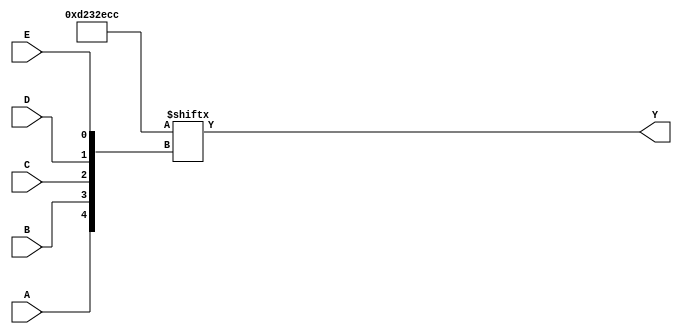
module five_variable_kmap (
    input wire A,  // Variable A
    input wire B,  // Variable B
    input wire C,  // Variable C
    input wire D,  // Variable D
    input wire E,  // Variable E
    output wire Y  // Output Y
);
    
    // Internal wire to compute the K-map output based on minterms
    wire [31:0] minterm;
    
    // Fill the minterm according to the K-map
    assign minterm[0]  = 1'b0;   // Minterm 0
    assign minterm[1]  = 1'b0;   // Minterm 1
    assign minterm[2]  = 1'b1;   // Minterm 2
    assign minterm[3]  = 1'b1;   // Minterm 3
    assign minterm[4]  = 1'b0;   // Minterm 4
    assign minterm[5]  = 1'b0;   // Minterm 5
    assign minterm[6]  = 1'b1;   // Minterm 6
    assign minterm[7]  = 1'b1;   // Minterm 7
    assign minterm[8]  = 1'b0;   // Minterm 8
    assign minterm[9]  = 1'b1;   // Minterm 9
    assign minterm[10] = 1'b1;   // Minterm 10
    assign minterm[11] = 1'b1;   // Minterm 11
    assign minterm[12] = 1'b0;   // Minterm 12
    assign minterm[13] = 1'b1;   // Minterm 13
    assign minterm[14] = 1'b0;   // Minterm 14
    assign minterm[15] = 1'b0;   // Minterm 15
    assign minterm[16] = 1'b1;   // Minterm 16
    assign minterm[17] = 1'b1;   // Minterm 17
    assign minterm[18] = 1'b0;   // Minterm 18
    assign minterm[19] = 1'b0;   // Minterm 19
    assign minterm[20] = 1'b0;   // Minterm 20
    assign minterm[21] = 1'b1;   // Minterm 21
    assign minterm[22] = 1'b0;   // Minterm 22
    assign minterm[23] = 1'b0;   // Minterm 23
    assign minterm[24] = 1'b1;   // Minterm 24
    assign minterm[25] = 1'b0;   // Minterm 25
    assign minterm[26] = 1'b1;   // Minterm 26
    assign minterm[27] = 1'b1;   // Minterm 27
    assign minterm[28] = 1'b0;   // Minterm 28
    assign minterm[29] = 1'b0;   // Minterm 29
    assign minterm[30] = 1'b0;   // Minterm 30
    assign minterm[31] = 1'b0;   // Minterm 31

    // Mapping input variables A, B, C, D, E to the minterm index
    assign Y = minterm[{A, B, C, D, E}];
    
endmodule